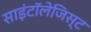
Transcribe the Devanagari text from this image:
साइंटॉलेजिस्ट